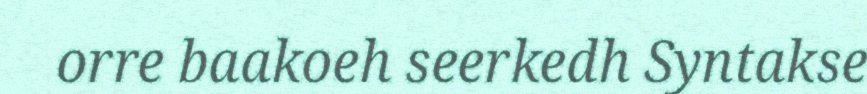
orre baakoeh seerkedh Syntakse